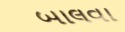
બાલવા